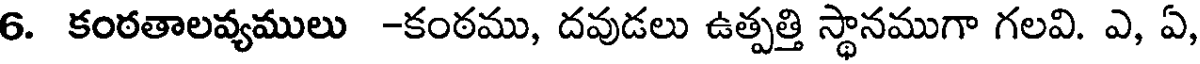
6. కంఠతాలవ్యములు -కంఠము, దవుడలు ఉత్పత్తి స్థానముగా గలవి. ఎ, ఏ,